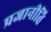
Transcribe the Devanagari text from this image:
प्रजानीति